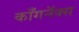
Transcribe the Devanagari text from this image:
काँगनॅक्स